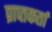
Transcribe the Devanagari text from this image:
प्राप्‍तकर्ता